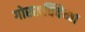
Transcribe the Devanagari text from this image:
गोरखचिंचेच्या